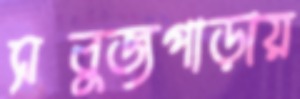
সবুজপাড়ায়